Civil Veterinary Department. Madras. Admin. report 1910-25 - 1910-1925
Year: 1910
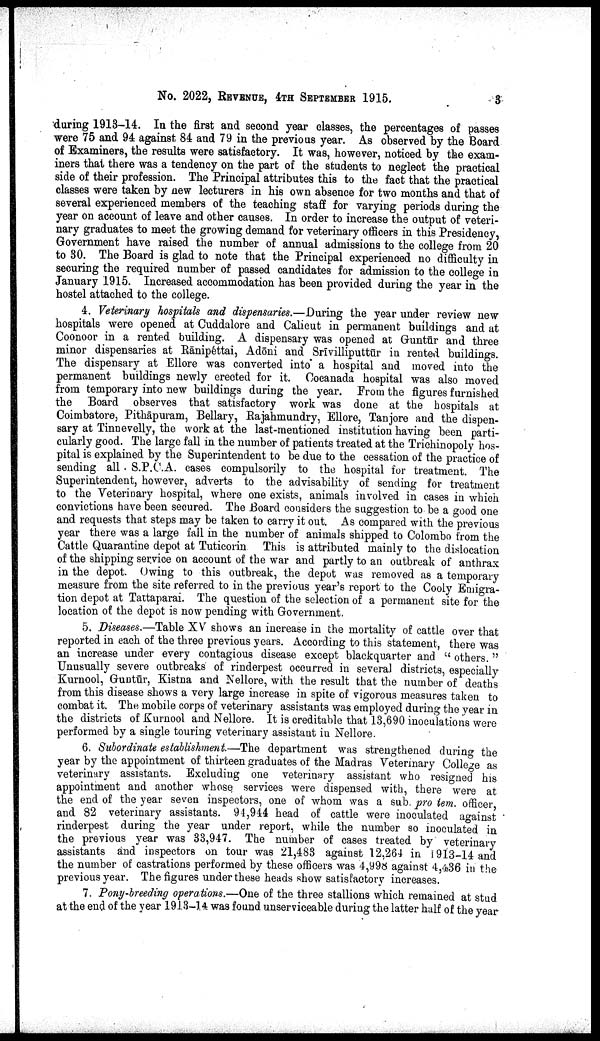
No.
2022,
REVENUE,
4TH
SEPTEMBER
1915,
3
during 1913-14. In the first and second year classes, the percentages of passes
were 75 and 94 against 84 and 79 in the previous year. As observed by the Board
of Examiners, the results were satisfactory. It was, however, noticed by the exam
iners that there was a tendency on the part of the students to neglect the practical
side of their profession. The Principal attributes this to the fact that the practical
classes were taken by new lecturers in his own absence for two months and that of
several experienced members of the teaching staff for varying periods during the
year on account of leave and other causes. In order to increase the output of veteri
nary graduates to meet the growing demand for veterinary officers in this Presidency,
Government have raised the number of annual admissions to the college from 20
to 30. The Board is glad to note that the Principal experienced no difficulty in
securing the required number of passed candidates for admission to the college in
January 1915. Increased accommodation has been provided during the year in the
hostel attached to the college.
4. Veterinary hospitals and dispensaries.—During the year under review new
hospitals were opened at Cuddalore and Calicut in permanent buildings and at
Coonoor in a rented building. A dispensary was opened at Gruntūr and three
minor dispensaries at Rānipéttai, Adōni and Srīvilliputtūr in rented buildings.
The dispensary at Ellore was converted into a hospital and moved into the
permanent buildings newly erected for it. Cocanada hospital was also moved
from temporary into new buildings during the year. From the figures furnished
the Board observes that satisfactory work was done at the hospitals at
Coimbatore, Pithāpuram, Bellary, Rajahmundry, Ellore, Tanjore and the dispen
sary at Tinnevelly, the work at the last-mentioned institution having been parti
cularly good. The large fall in the number of patients treated at the Trichinopoly hos
pital is explained by the Superintendent to be due to the cessation of the practice of
sending all S.P.C.A. cases compulsorily to the hospital for treatment. The
Superintendent, however, adverts to the advisability of sending for treatment
to the Veterinary hospital, where one exists, animals involved in cases in which
convictions have been secured. The Board considers the suggestion to be a good one
and requests that steps may be taken to carry it out. As compared with the previous
year there was a large fall in the number of animals shipped to Colombo from the
Cattle Quarantine depot at Tuticorin. This is attributed mainly to the dislocation
of the shipping service on account of the war and partly to an outbreak of anthrax
in the depot. Owing to this outbreak, the depot was removed as a temporary
measure from the site referred to in the previous year's report to the Cooly Emigra
tion depot at Tattaparai. The question of the selection of a permanent site for the
location of the depot is now pending with Government,
5. Diseases.—Table XV shows an increase in the mortality of cattle over that
reported in each of the three previous years. According to this statement, there was
an increase under every contagious disease except blackquarter and "others."
Unusually severe outbreaks of rinderpest occurred in several districts, especially
Kurnool, Guntūr, Kistna and Nellore, with the result that the number of deaths
from this disease shows a very large increase in spite of vigorous measures taken to
combat it. The mobile corps of veterinary assistants was employed during the year in
the districts of Kurnool and Nellore. It is creditable that 13,690 inoculations were
performed by a single touring veterinary assistant in Nellore.
6. Subordinate establishment—The department was strengthened during the
year by the appointment of thirteen graduates of the Madras Veterinary College as
veterinary assistants. Excluding one veterinary assistant who resigned his
appointment and another whose services were dispensed with, there were at
the end of the year seven inspectors, one of whom was a sub. pro tem. officer,
and 82 veterinary assistants. 94,944 head of cattle were inoculated against
rinderpest during the year under report, while the number so inoculated in
the previous year was 33,947. The number of cases treated by veterinary
assistants and inspectors on tour was 21,483 against 12,264 in 1913-14 and
the number of castrations performed by these officers was 4,998 against 4,436 in the
previous year. The figures under these heads show satisfactory increases.
7. Pony-breeding operations.—One of the three stallions which remained at stud.
at the end of the year 1913-14 was found unserviceable during the latter half of the year